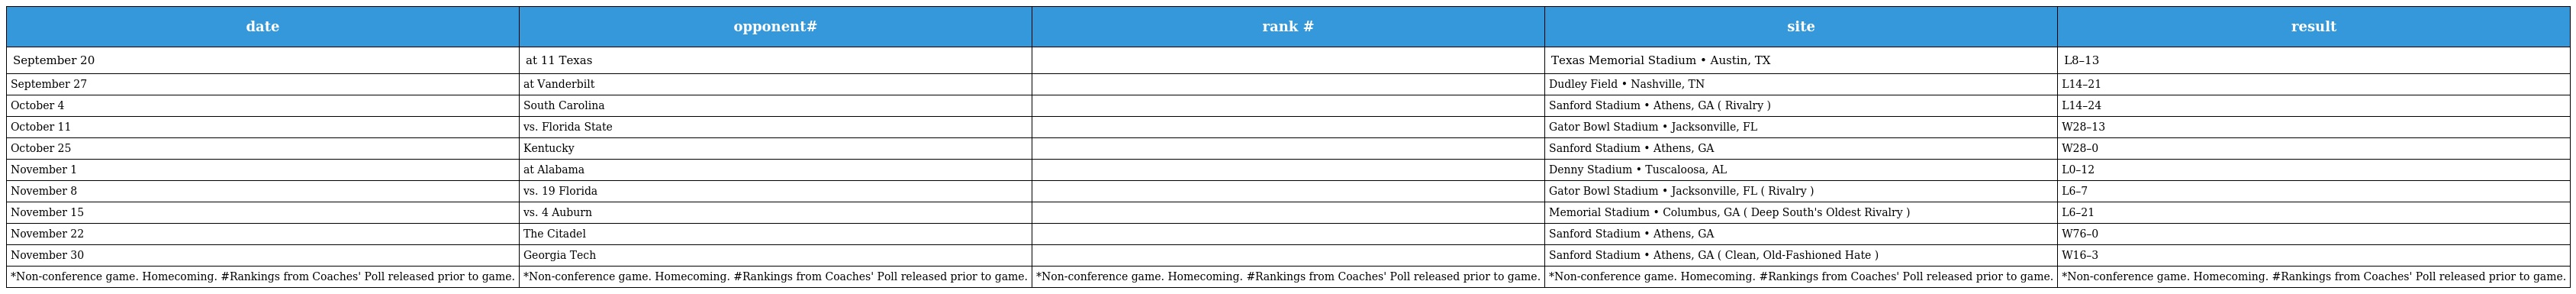
| date | opponent# | rank # | site | result |
 | --- | --- | --- | --- | --- |
 | September 20 | at 11 Texas |  | Texas Memorial Stadium • Austin, TX | L8–13 |
 | September 27 | at Vanderbilt |  | Dudley Field • Nashville, TN | L14–21 |
 | October 4 | South Carolina |  | Sanford Stadium • Athens, GA ( Rivalry ) | L14–24 |
 | October 11 | vs. Florida State |  | Gator Bowl Stadium • Jacksonville, FL | W28–13 |
 | October 25 | Kentucky |  | Sanford Stadium • Athens, GA | W28–0 |
 | November 1 | at Alabama |  | Denny Stadium • Tuscaloosa, AL | L0–12 |
 | November 8 | vs. 19 Florida |  | Gator Bowl Stadium • Jacksonville, FL ( Rivalry ) | L6–7 |
 | November 15 | vs. 4 Auburn |  | Memorial Stadium • Columbus, GA ( Deep South's Oldest Rivalry ) | L6–21 |
 | November 22 | The Citadel |  | Sanford Stadium • Athens, GA | W76–0 |
 | November 30 | Georgia Tech |  | Sanford Stadium • Athens, GA ( Clean, Old-Fashioned Hate ) | W16–3 |
 | *Non-conference game. Homecoming. #Rankings from Coaches' Poll released prior to game. | *Non-conference game. Homecoming. #Rankings from Coaches' Poll released prior to game. | *Non-conference game. Homecoming. #Rankings from Coaches' Poll released prior to game. | *Non-conference game. Homecoming. #Rankings from Coaches' Poll released prior to game. | *Non-conference game. Homecoming. #Rankings from Coaches' Poll released prior to game. |